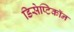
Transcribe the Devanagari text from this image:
डिसेप्टिकॉन